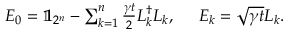
\begin{array} { r } { E _ { 0 } = \mathbb { 1 } _ { 2 ^ { n } } - \sum _ { k = 1 } ^ { n } \frac { \gamma t } { 2 } L _ { k } ^ { \dag } L _ { k } , \; \; \; \; \; E _ { k } = \sqrt { \gamma t } L _ { k } . } \end{array}